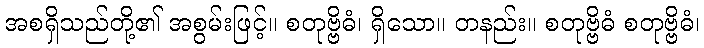
အစရှိသည်တို့၏ အစွမ်းဖြင့်။ စတုဗ္ဗိဓံ၊ ရှိသော။ တနည်း။ စတုဗ္ဗိဓံ စတုဗ္ဗိဓံ၊